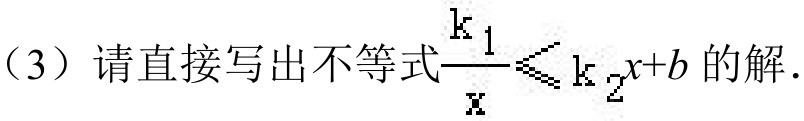
（3）请直接写出不等式\(\frac{k_{1}}{x}\leqslant k_{2}x + b\)的解.